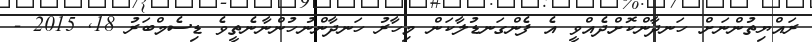
ރައްޔިތުންނަށް ހަނދާންކޮަށްދެއްވީ އެ ފެެންގަނޑުލާކަން މިހާރު ހަނދާންނުހުންނާނެތީވެ ޑިސެމްބަރު 18